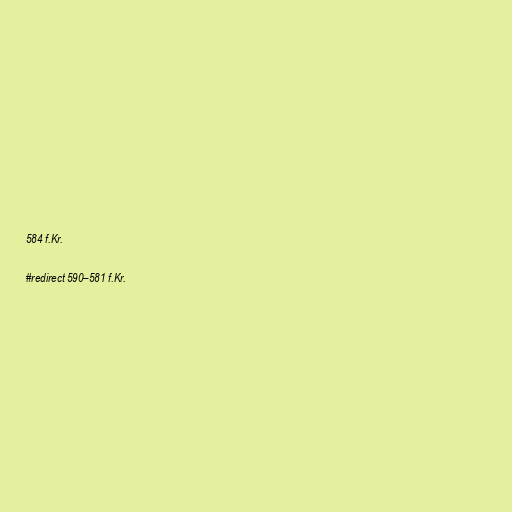
584 f.Kr.

#redirect 590–581 f.Kr.